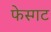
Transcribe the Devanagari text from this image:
फेस्गट